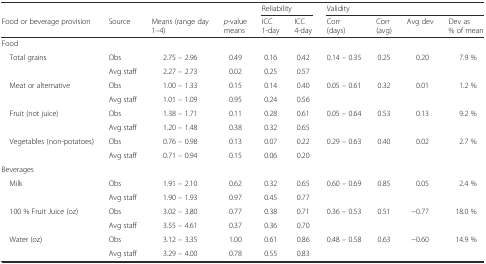
<table><thead><tr><td></td><td></td><td></td><td></td><td colspan="2"><b>Reliability</b></td><td colspan="4"><b>Validity</b></td></tr><tr><td><b>Food or beverage provision</b></td><td><b>Source</b></td><td><b>Means (range day 1–4)</b></td><td><b><i>p</i>-value means</b></td><td><b>ICC 1-day</b></td><td><b>ICC 4-day</b></td><td><b>Corr (days)</b></td><td><b>Corr (avg)</b></td><td><b>Avg dev</b></td><td><b>Dev as % of mean</b></td></tr></thead><tbody><tr><td colspan="10">Food</td></tr><tr><td> Total grains</td><td>Obs</td><td>2.75 – 2.96</td><td>0.49</td><td>0.16</td><td>0.42</td><td>0.14 – 0.35</td><td>0.25</td><td>0.20</td><td>7.9 %</td></tr><tr><td></td><td>Avg staff</td><td>2.27 – 2.73</td><td>0.02</td><td>0.25</td><td>0.57</td><td></td><td></td><td></td><td></td></tr><tr><td> Meat or alternative</td><td>Obs</td><td>1.00 – 1.33</td><td>0.15</td><td>0.14</td><td>0.40</td><td>0.05 – 0.61</td><td>0.32</td><td>0.01</td><td>1.2 %</td></tr><tr><td></td><td>Avg staff</td><td>1.01 – 1.09</td><td>0.95</td><td>0.24</td><td>0.56</td><td></td><td></td><td></td><td></td></tr><tr><td> Fruit (not juice)</td><td>Obs</td><td>1.38 – 1.71</td><td>0.11</td><td>0.28</td><td>0.61</td><td>0.05 – 0.64</td><td>0.53</td><td>0.13</td><td>9.2 %</td></tr><tr><td></td><td>Avg staff</td><td>1.20 – 1.48</td><td>0.38</td><td>0.32</td><td>0.65</td><td></td><td></td><td></td><td></td></tr><tr><td> Vegetables (non-potatoes)</td><td>Obs</td><td>0.76 – 0.98</td><td>0.13</td><td>0.07</td><td>0.22</td><td>0.29 – 0.63</td><td>0.40</td><td>0.02</td><td>2.7 %</td></tr><tr><td></td><td>Avg staff</td><td>0.71 – 0.94</td><td>0.15</td><td>0.06</td><td>0.20</td><td></td><td></td><td></td><td></td></tr><tr><td colspan="10">Beverages</td></tr><tr><td> Milk</td><td>Obs</td><td>1.91 – 2.10</td><td>0.62</td><td>0.32</td><td>0.65</td><td>0.60 – 0.69</td><td>0.85</td><td>0.05</td><td>2.4 %</td></tr><tr><td></td><td>Avg staff</td><td>1.90 – 1.93</td><td>0.97</td><td>0.45</td><td>0.77</td><td></td><td></td><td></td><td></td></tr><tr><td> 100 % Fruit Juice (oz)</td><td>Obs</td><td>3.02 – 3.80</td><td>0.77</td><td>0.38</td><td>0.71</td><td>0.36 – 0.53</td><td>0.51</td><td>−0.77</td><td>18.0 %</td></tr><tr><td></td><td>Avg staff</td><td>3.55 – 4.61</td><td>0.37</td><td>0.36</td><td>0.70</td><td></td><td></td><td></td><td></td></tr><tr><td> Water (oz)</td><td>Obs</td><td>3.12 – 3.35</td><td>1.00</td><td>0.61</td><td>0.86</td><td>0.48 – 0.58</td><td>0.63</td><td>−0.60</td><td>14.9 %</td></tr><tr><td></td><td>Avg staff</td><td>3.29 – 4.00</td><td>0.78</td><td>0.55</td><td>0.83</td><td></td><td></td><td></td><td></td></tr></tbody></table>